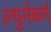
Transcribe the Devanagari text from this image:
ल्युनेबर्ग